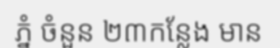
ភ្នំ ចំនួន ២៣កន្លែង មាន